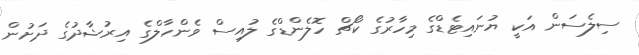
ސިލެސަން އަކީ ޔުނައިޓެޑްގެ މިހާރުގެ ކޯޗް ހޮލެންޑްގެ ލުއިސް ވެންހާލްގެ އިރުޝާދުގެ ދަށުން